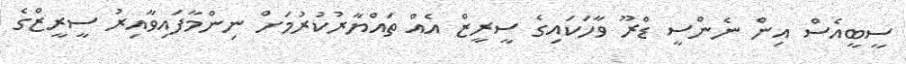
ސީބީއެސް އިން ނެންސީ ޑްރޫ ވާހަކައިގެ ސީރީޒް އެއް ތައްޔާރުކުރުމަށް ނިންމާފައިވާއިރު ސީރީޒްގެ